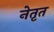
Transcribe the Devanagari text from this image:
नेतृत